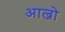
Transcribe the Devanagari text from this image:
आल्नो